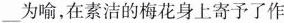
___为喻，在素洁的梅花身上寄予了作